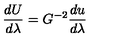
{ \frac { d U } { d \lambda } } = G ^ { - 2 } { \frac { d u } { d \lambda } }